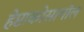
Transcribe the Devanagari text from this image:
हेप्टाकोसानॉल